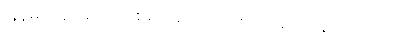
မြန်မာပြည်ထောင်စုမှာ ဆက်လက်ရင်ဆိုင်နေရပါတယ်။